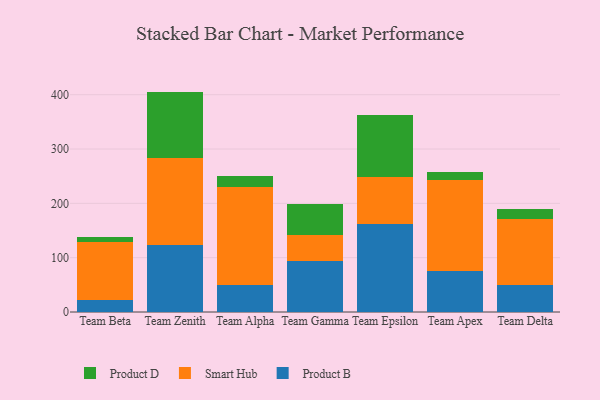
{"axis": {"x": "Team", "y": "Humidity (%)"}, "legend": ["Product B", "Product D", "Smart Hub"], "data": [{"x": "Team Beta", "y": 21.3, "type": "Product B"}, {"x": "Team Beta", "y": 107.2, "type": "Smart Hub"}, {"x": "Team Beta", "y": 9.7, "type": "Product D"}, {"x": "Team Zenith", "y": 123.0, "type": "Product B"}, {"x": "Team Zenith", "y": 160.0, "type": "Smart Hub"}, {"x": "Team Zenith", "y": 122.7, "type": "Product D"}, {"x": "Team Alpha", "y": 49.7, "type": "Product B"}, {"x": "Team Alpha", "y": 180.0, "type": "Smart Hub"}, {"x": "Team Alpha", "y": 20.3, "type": "Product D"}, {"x": "Team Gamma", "y": 93.4, "type": "Product B"}, {"x": "Team Gamma", "y": 48.0, "type": "Smart Hub"}, {"x": "Team Gamma", "y": 57.8, "type": "Product D"}, {"x": "Team Epsilon", "y": 161.9, "type": "Product B"}, {"x": "Team Epsilon", "y": 86.0, "type": "Smart Hub"}, {"x": "Team Epsilon", "y": 114.3, "type": "Product D"}, {"x": "Team Apex", "y": 74.6, "type": "Product B"}, {"x": "Team Apex", "y": 169.0, "type": "Smart Hub"}, {"x": "Team Apex", "y": 13.9, "type": "Product D"}, {"x": "Team Delta", "y": 50.3, "type": "Product B"}, {"x": "Team Delta", "y": 121.4, "type": "Smart Hub"}, {"x": "Team Delta", "y": 17.1, "type": "Product D"}]}